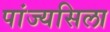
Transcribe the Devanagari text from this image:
पांज्यसिला